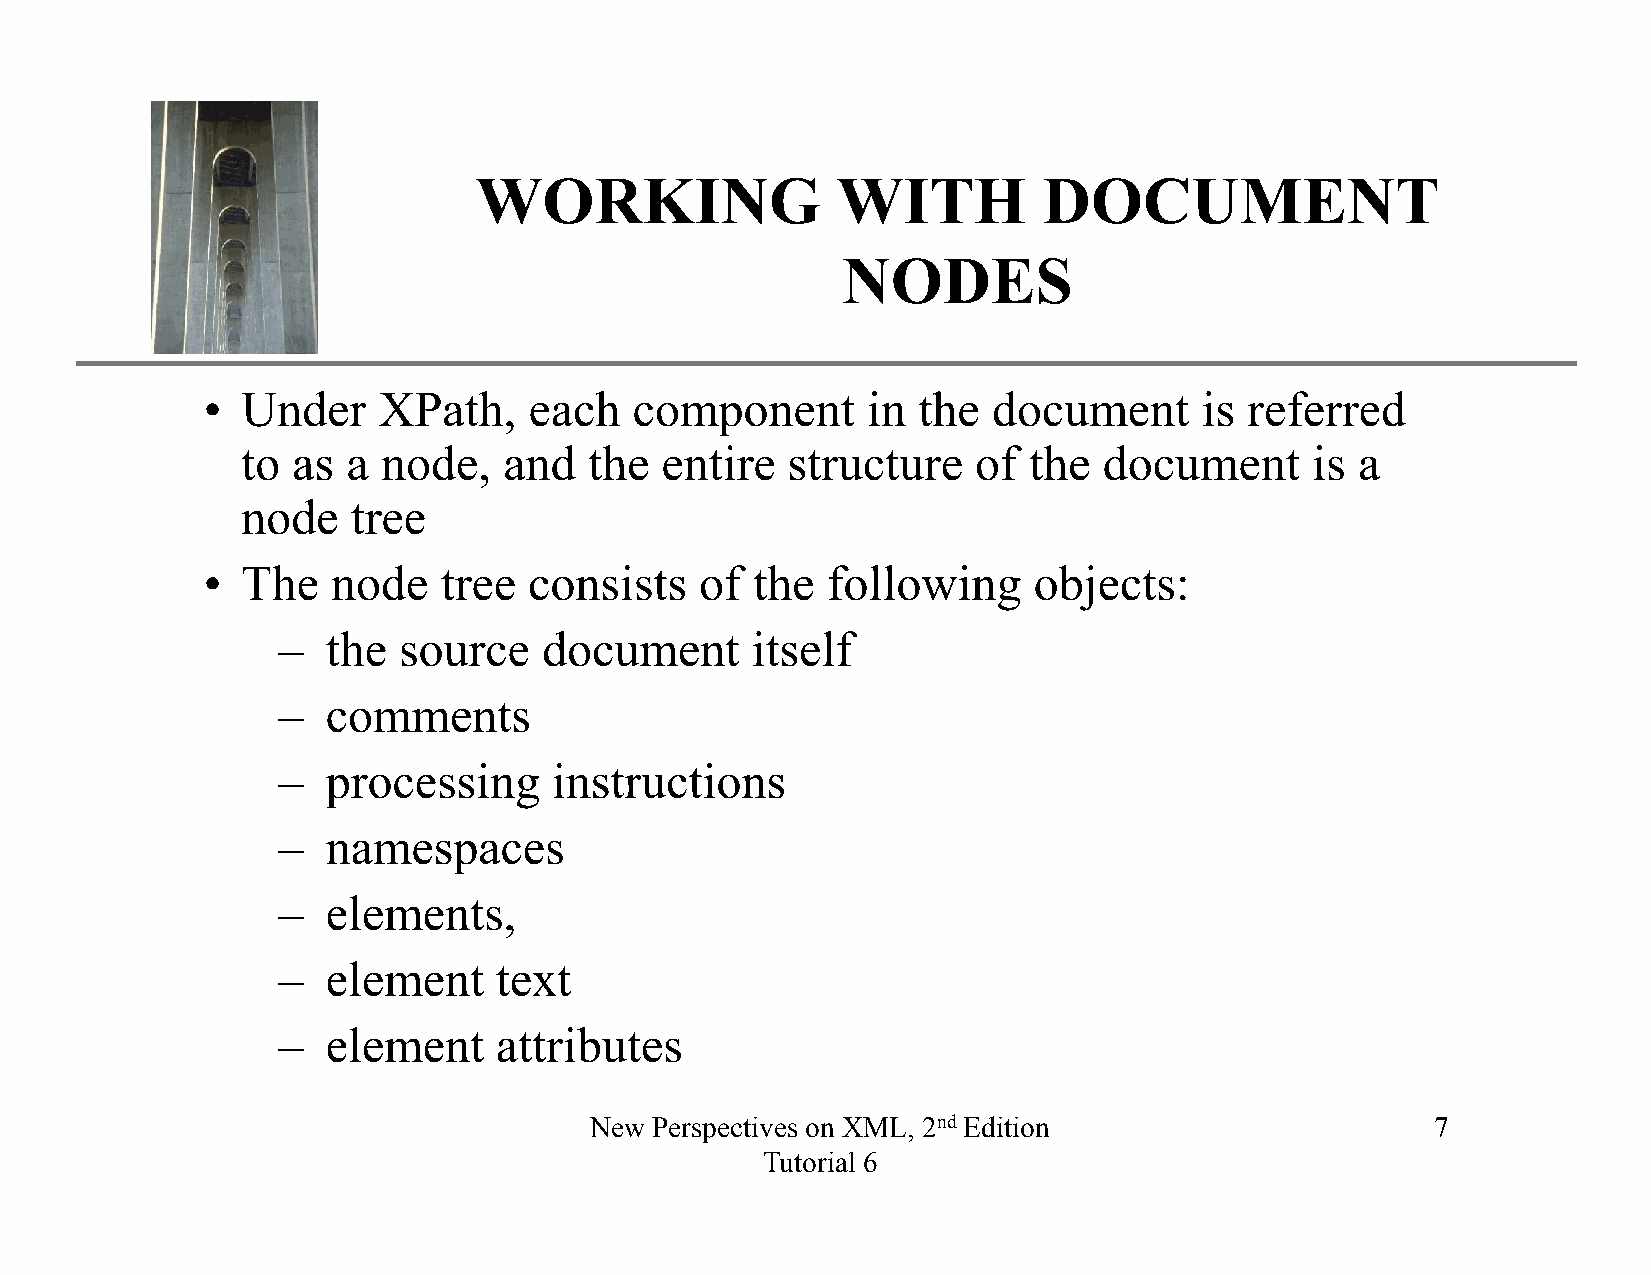
XP
 WORKING                 WITH          DOCUMENT
 NODES
 •  Under    XPath,    each   component      in  the  document      is referred
 to as  a node,   and   the  entire  structure    of the  document      is a
 node   tree
 •  The   node   tree  consists   of  the  following    objects:
 ––  tthhee ssoouurrccee ddooccuummeenntt iittsseellff
 –   comments
 –   processing     instructions
 –   namespaces
 –   elements,
 –   element    text
 –   element    attributes
 New Perspectives on XML, 2nd Edition                    7
 Tutorial 6